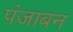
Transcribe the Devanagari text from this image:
पंजाबन